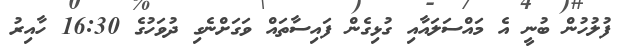
ފުލުހުން ބުނީ އެ މައްސަލައާއި ގުޅިގެން ފައިސާތައް ވަގަށްނެގި ދުވަހުގެ 16:30 ހާއިރު